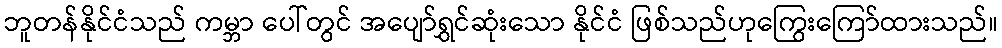
ဘူတန်နိုင်ငံသည် ကမ္ဘာ ပေါ်တွင် အပျော်ရွှင်ဆုံးသော နိုင်ငံ ဖြစ်သည်ဟုကြွေးကြော်ထားသည်။